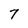
Character: 7